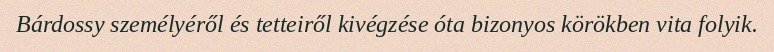
Bárdossy személyéről és tetteiről kivégzése óta bizonyos körökben vita folyik.